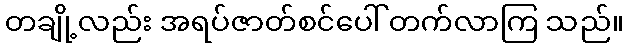
တချို့လည်း အရပ်ဇာတ်စင်ပေါ် တက်လာကြ သည်။